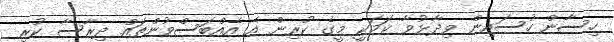
ހިސާން ހުސައިން ވިދާޅުވާ ކަމަކީ މީގެ ކުރިން އެ އެއްބަސްވުންތައް ދިރާސާ ކުރި